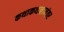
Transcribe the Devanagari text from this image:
कथाकथनानंतर